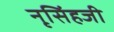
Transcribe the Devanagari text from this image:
नृसिंहजी